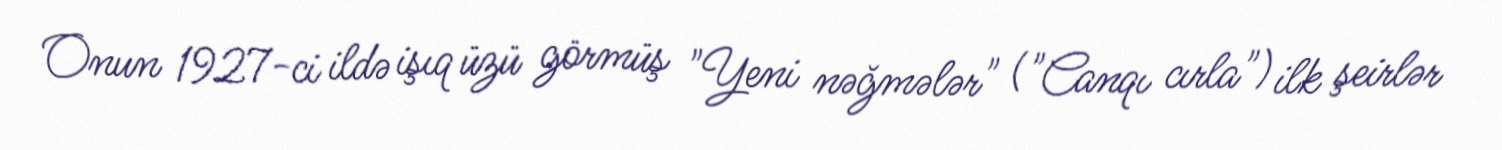
Onun 1927-ci ildə işıq üzü görmüş "Yeni nəğmələr" ("Canqı cırla") ilk şeirlər